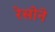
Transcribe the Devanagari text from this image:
रेसोने